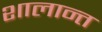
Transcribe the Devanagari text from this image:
शालान्‍त